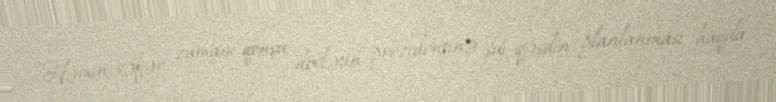
Həmin səfər zamanı qonşu dövlətin prezidentinə sui-qəsdin planlanması haqda